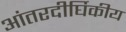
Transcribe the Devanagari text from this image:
आंतरदीर्घिकीय